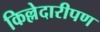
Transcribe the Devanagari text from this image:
किल्लेदारीपण